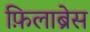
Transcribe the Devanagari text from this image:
फ़िलाब्रेस